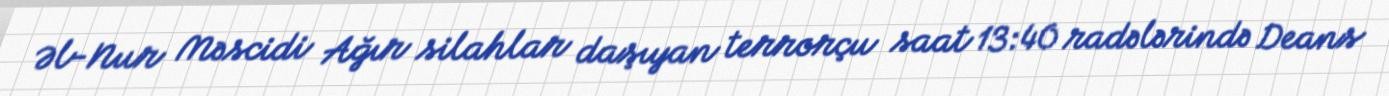
Əl-Nur Məscidi Ağır silahlar daşıyan terrorçu saat 13:40 radələrində Deans